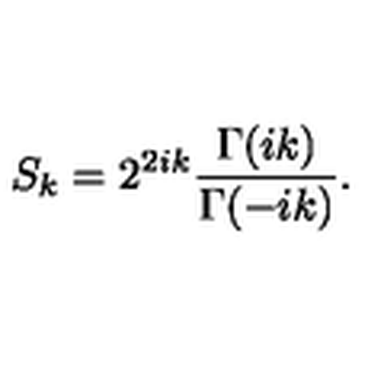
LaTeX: S _ { k } = 2 ^ { 2 i k } \frac { \Gamma ( i k ) } { \Gamma ( - i k ) } .